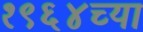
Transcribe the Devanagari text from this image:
१९६४च्या